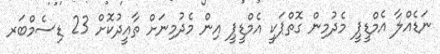
ނަޑެއްލާ އެމްޑީޕީ މެދުމިން ގޮތްޕަކީ އެމްޑީޕީ އިން މެދުމިނަށް ތާއީދުކޮށް 23 ޑިސެމްބަރ